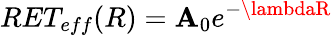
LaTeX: RET_{eff}(R)=\mathbf{A}_{0}e^{-\lambdaR}